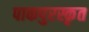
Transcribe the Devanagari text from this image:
पाकपुरस्कृत